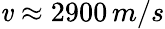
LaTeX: \mathit{v}\approx2900\, m/s